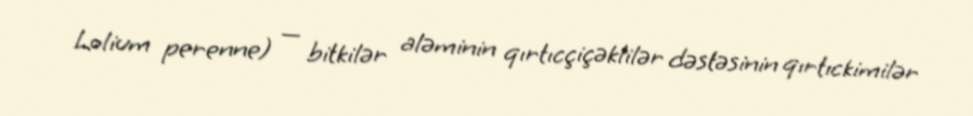
Lolium perenne) — bitkilər aləminin qırtıcçiçəklilər dəstəsinin qırtıckimilər